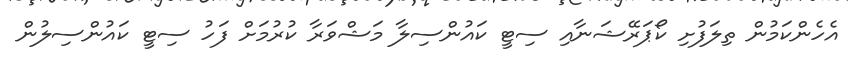
އެހެންކަމުން ތިލަފުށި ކޯޕަރޭޝަނާއި ސިޓީ ކައުންސިލާ މަޝްވަރާ ކުރުމަށް ފަހު ސިޓީ ކައުންސިލުން